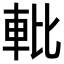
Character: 𬧱